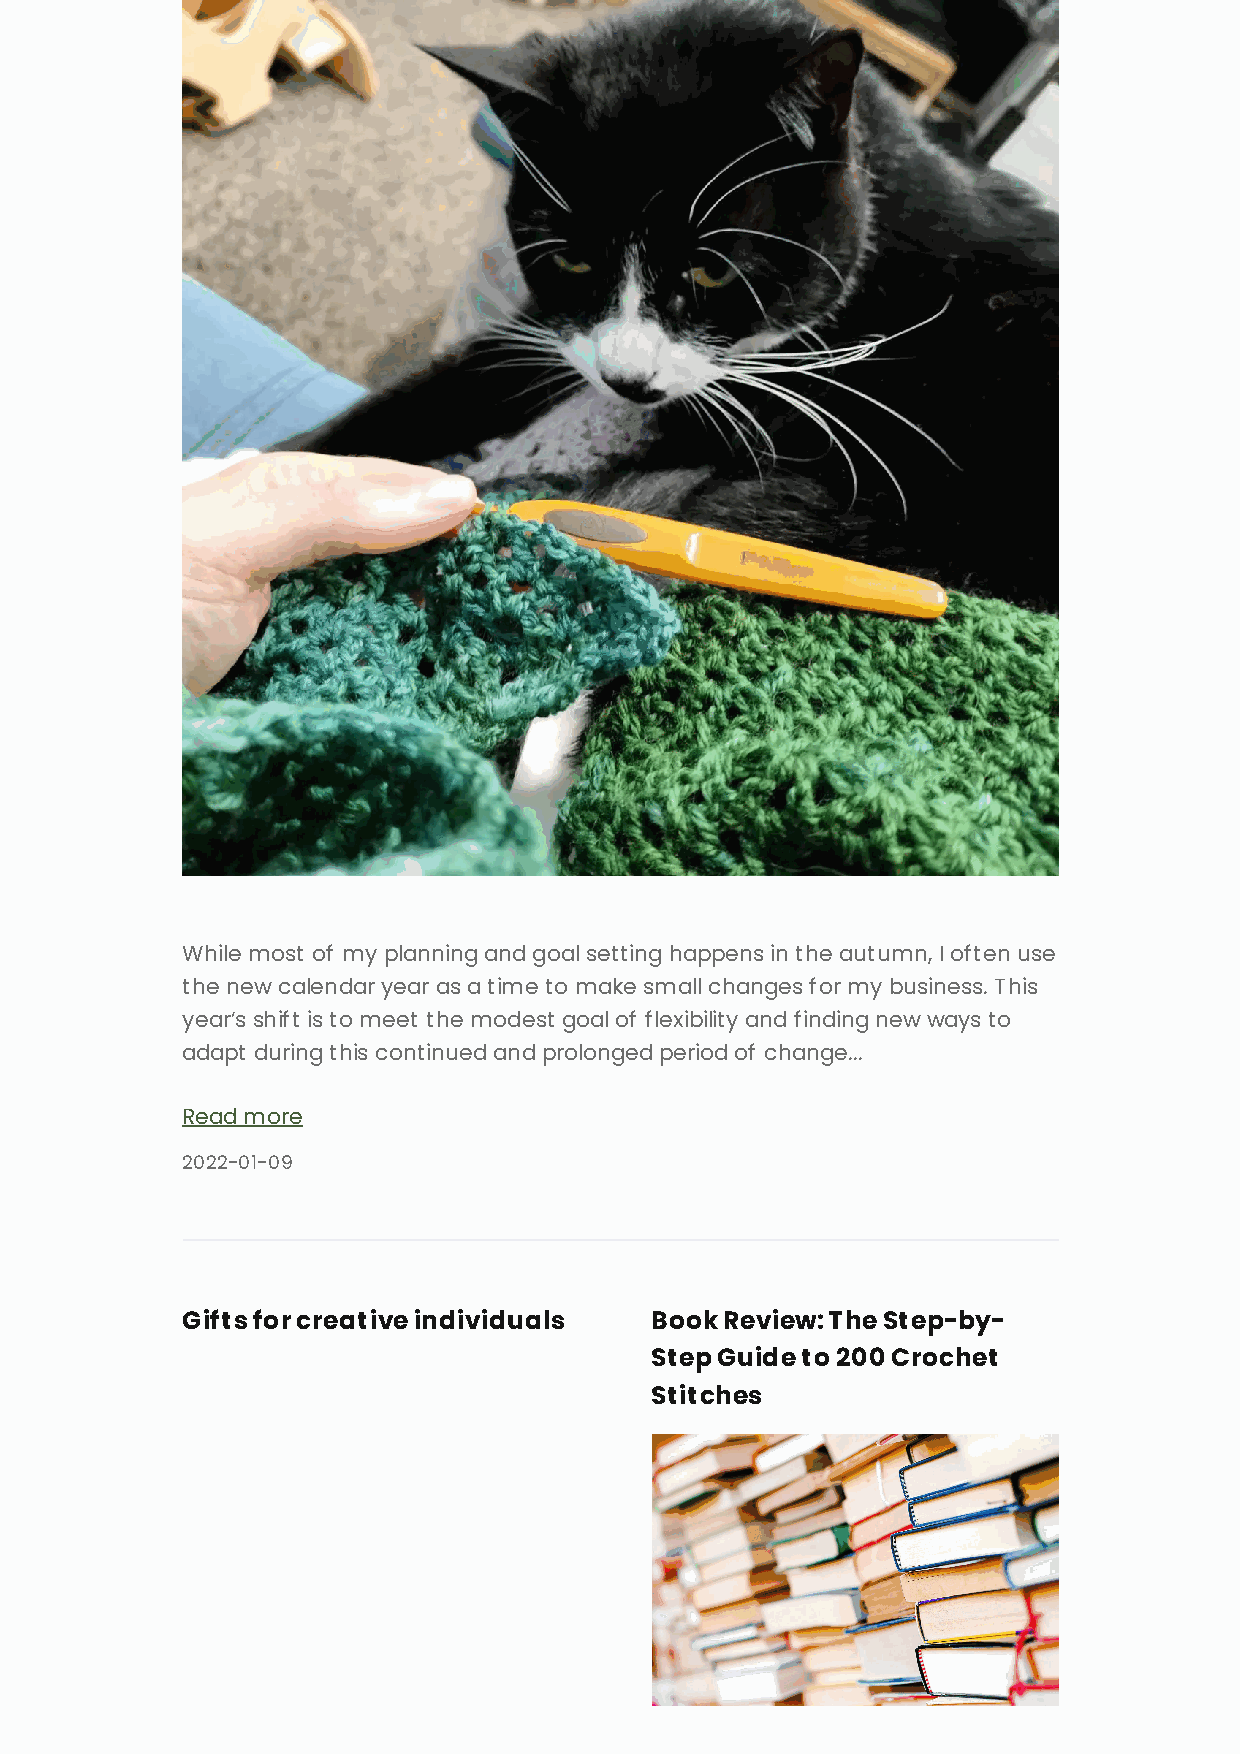
While most of my planning and goal setting happens in the autumn, I often use
 the new calendar year as a time to make small changes for my business. This
 year’s shift is to meet the modest goal of flexibility and finding new ways to
 adapt during this continued and prolonged period of change...
 Read more
 2022-01-09
 Gifts for creative individuals Book Review: The Step-by-
 Step Guide to 200 Crochet
 Stitches